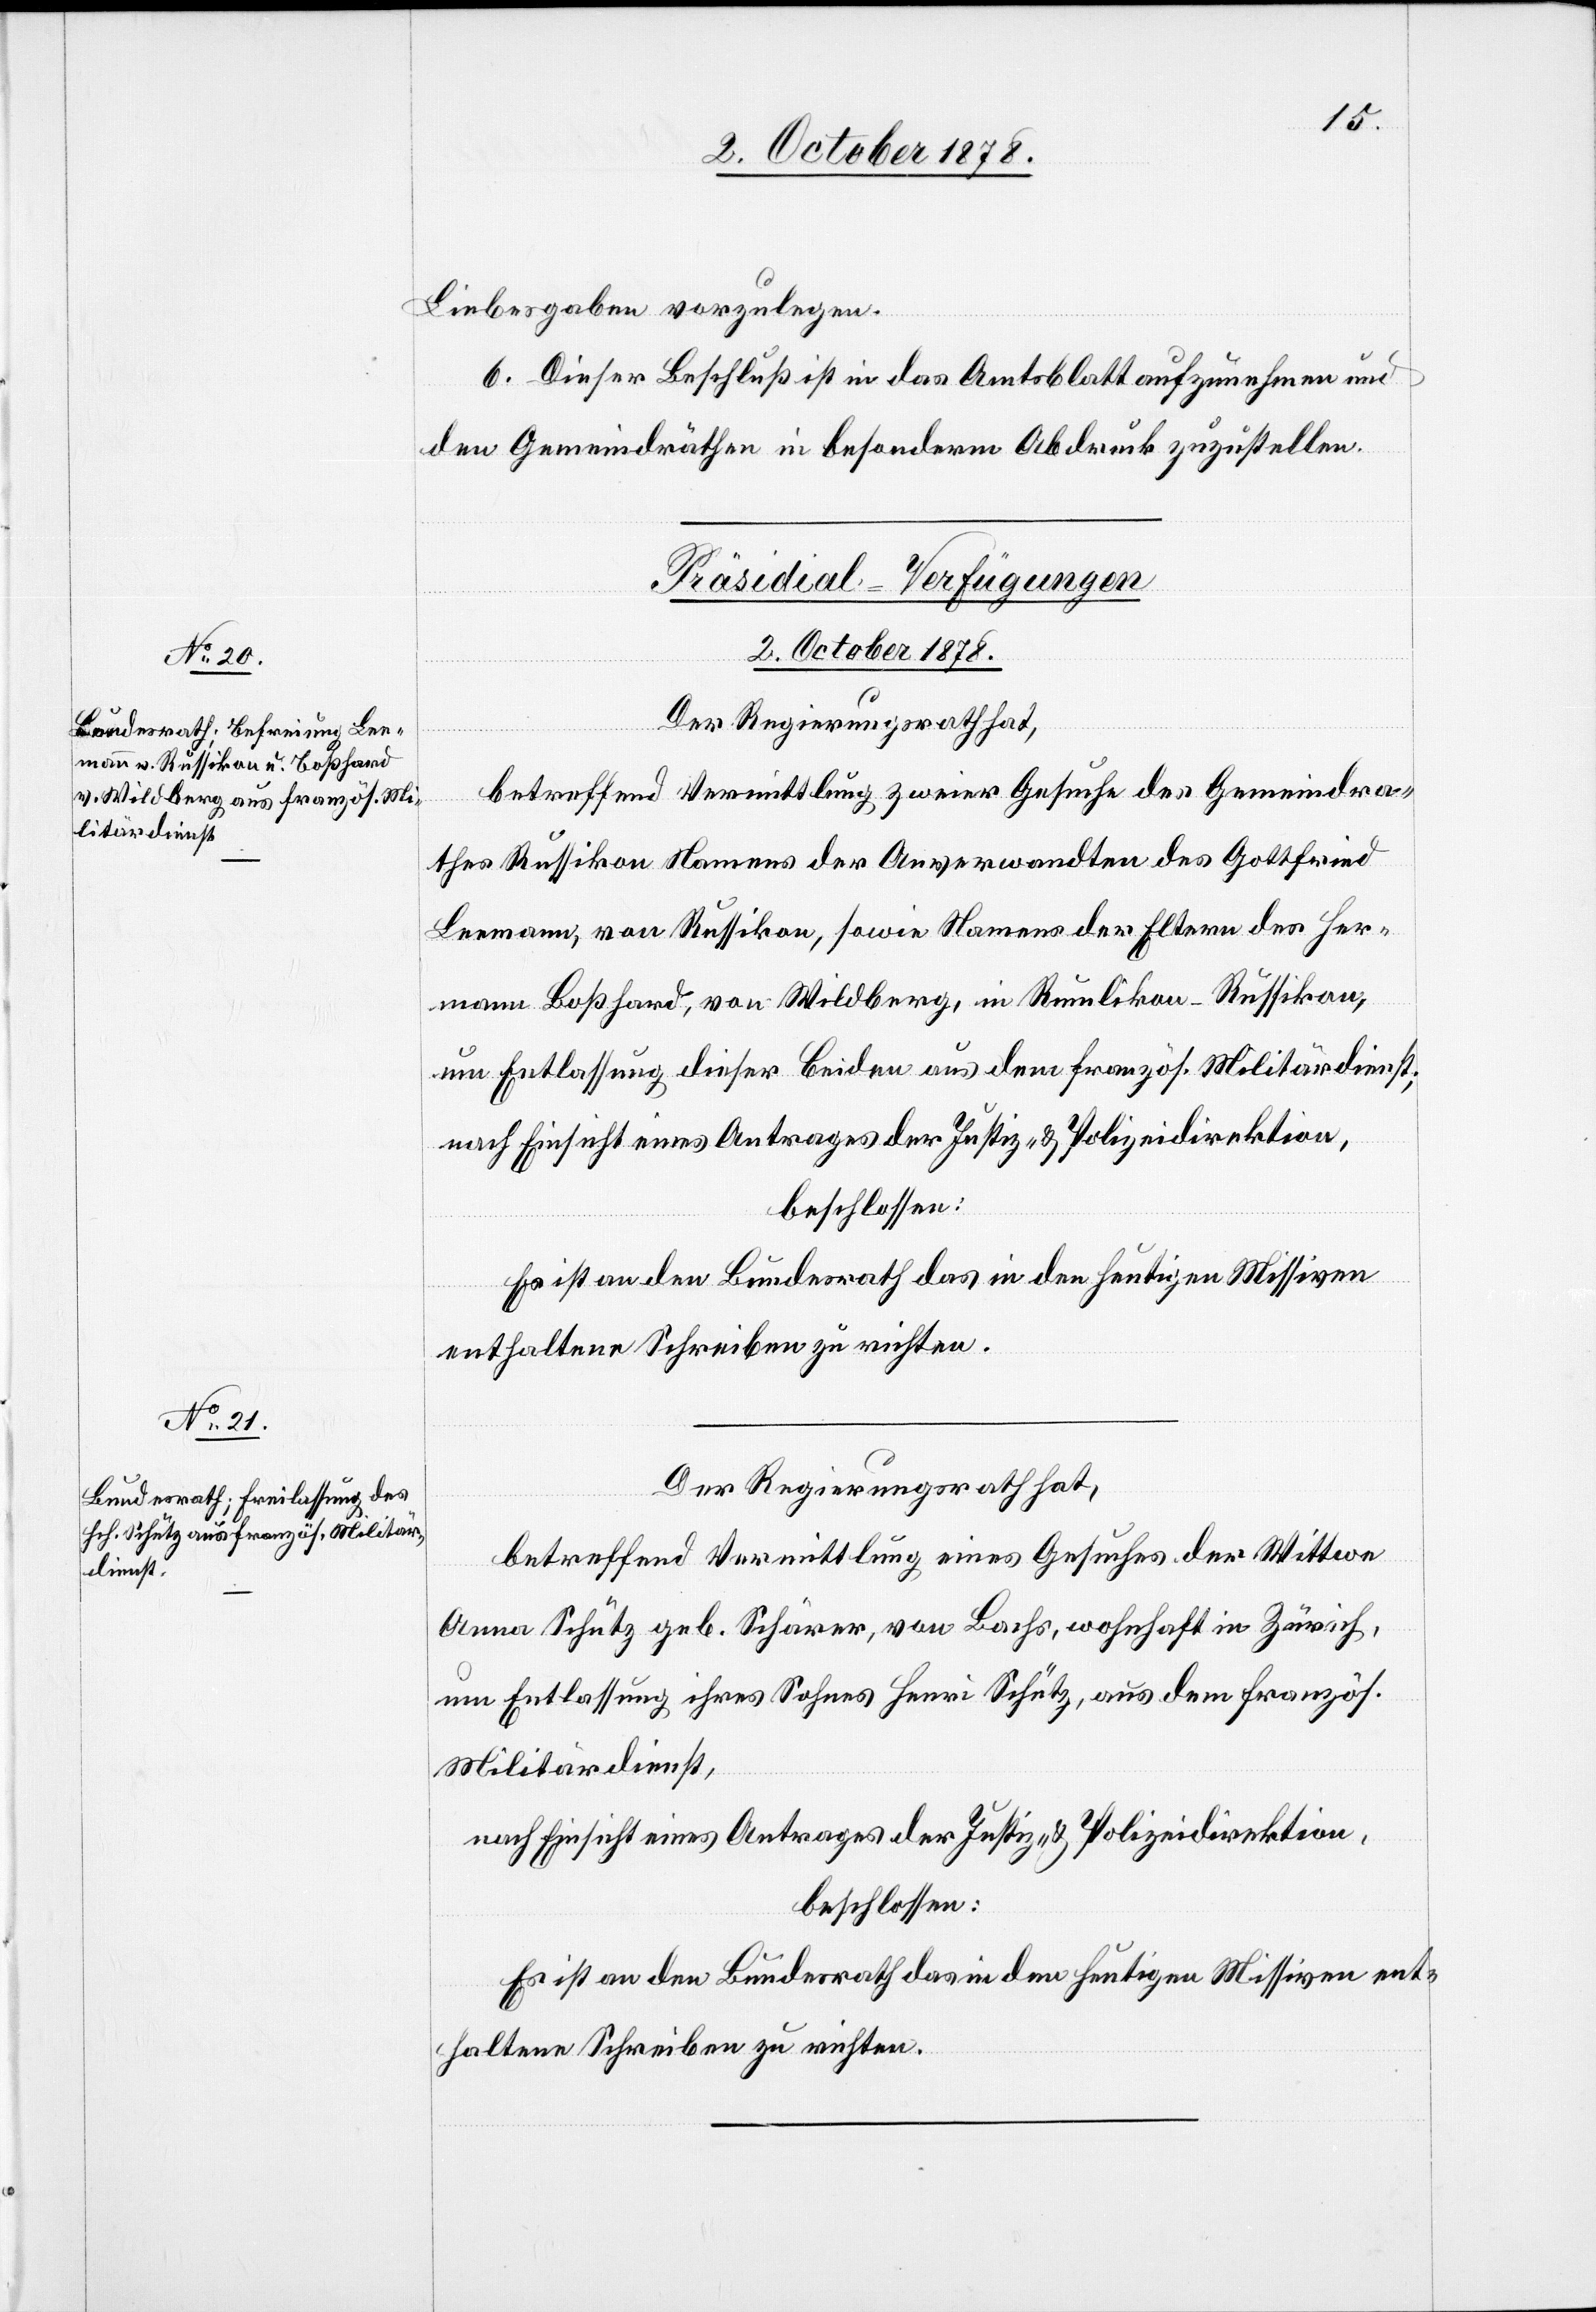
Liebesgaben vorzulegen.
6. Dieser Beschluß ist in das Amtsblatt aufzunehmen und
den Gemeindräthen in besonderm Abdruck zuzustellen.
[Präsidial-Verfügungen
2. October 1878.]
Der Regierungsrath hat,
betreffend Vermittlung zweier Gesuche der Wittwe
thes Russikon Namens der Anverwandten des Gottfried
Leemann, von Russikon, sowie Namens der Eltern des Her¬
mann Boßhard, von Wildberg, in Rumlikon - Russikon,
um Entlassung dieser beiden aus dem französ. Militärdienst;
nach Einsicht eines Antrages der Justiz- & Polizeidirektion,
beschlossen:
Es ist an den Bundesrath das in den heutigen Missiven
enthaltene Schreiben zu richten.
Anna Schütz geb. Schärer, von Bachs, wohnhaft in Zürich,
um Entlassung ihres Sohnes Henri Schütz, aus dem französ.
Militärdienst,
nach Einsicht eines Antrages der Justiz- & Polizeidirektion,
beschlossen:
Es ist an den Bundesrath das in den heutigen Missiven ent¬
haltene Schreiben zu richten.